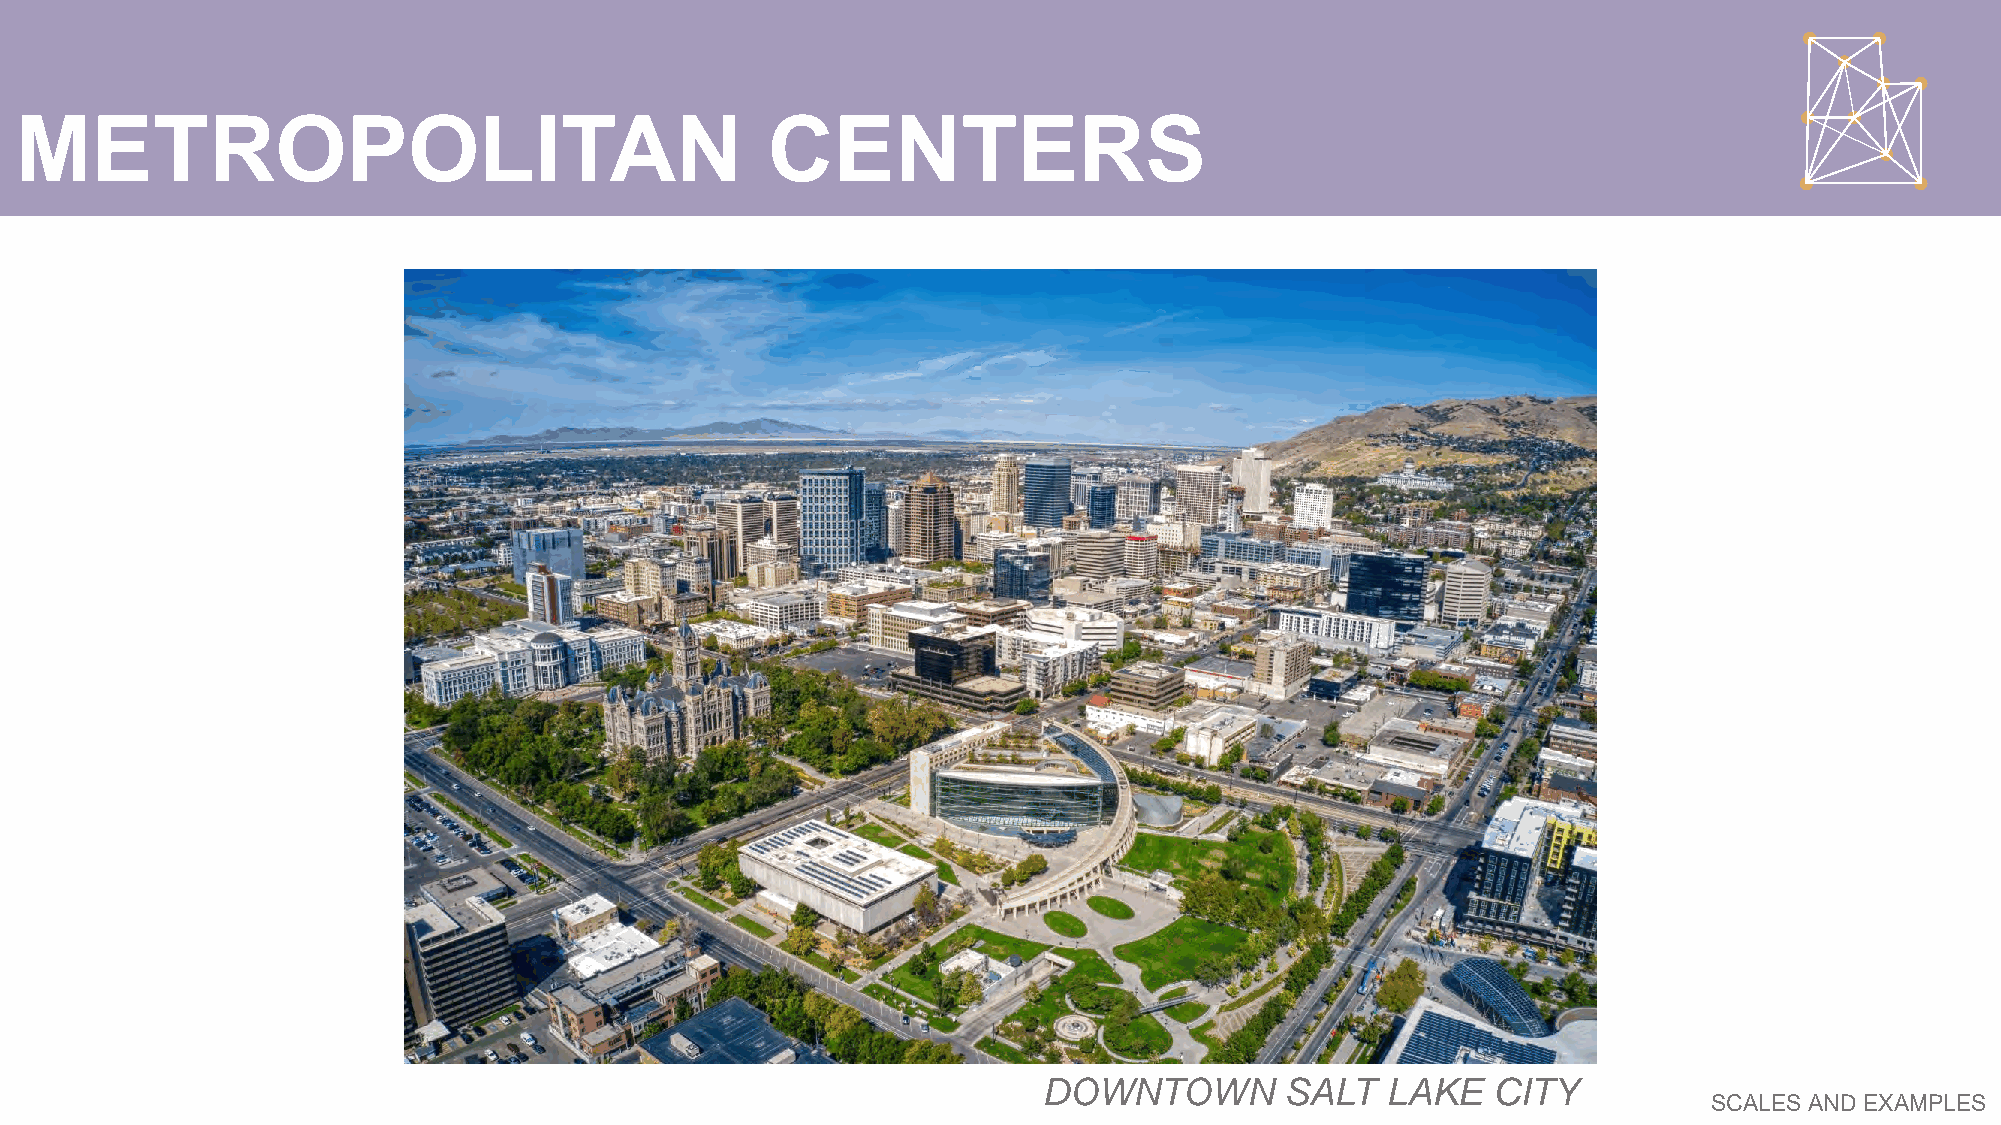
METROPOLITAN                                      CENTERS
 DOWNTOWN        SALT   LAKE   CITY
 SCALES AND EXAMPLES